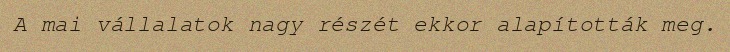
A mai vállalatok nagy részét ekkor alapították meg.